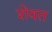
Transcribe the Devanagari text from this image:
शेवत